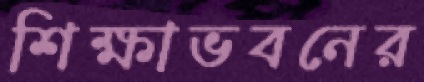
শিক্ষাভবনের